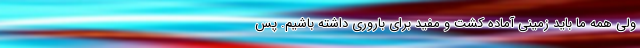
ولی همه ما باید زمینی آماده کشت و مفید برای باروری داشته باشیم. پس